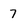
Character: 7